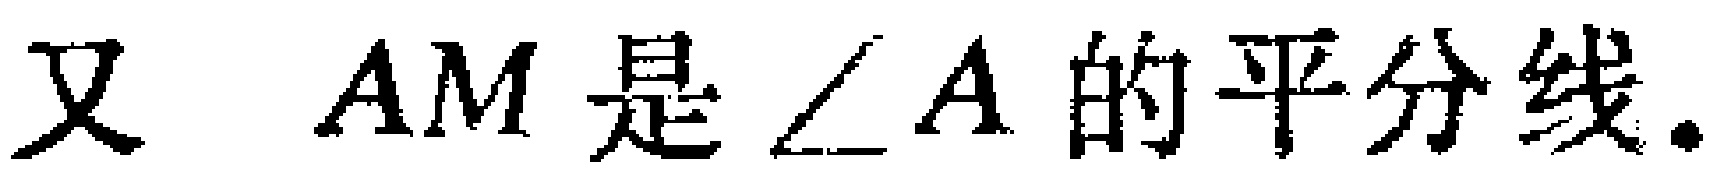
又 \(AM\) 是 \(\angle A\) 的平分线.